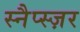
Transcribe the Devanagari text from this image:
स्नैप्स्ज़र